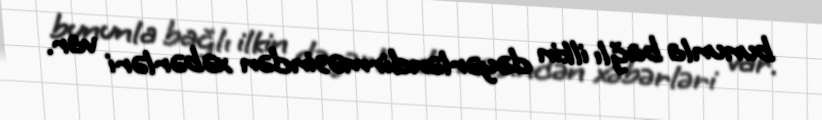
bununla bağlı ilkin dəyərləndirməsindən xəbərləri var.